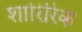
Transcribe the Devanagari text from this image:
शारिरिक